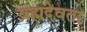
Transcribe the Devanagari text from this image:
ब्रह्मदेवता